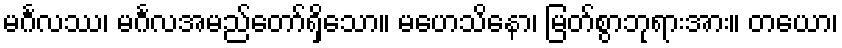
မင်္ဂလဿ၊ မင်္ဂလအမည်တော်ရှိသော။ မဟေသိနော၊ မြတ်စွာဘုရားအား။ တယော၊